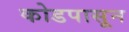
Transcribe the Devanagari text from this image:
कोडपासून